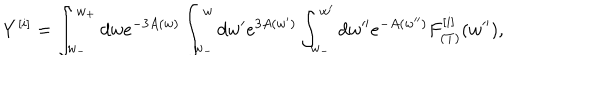
LaTeX: Y ^ { [ i ] } = \int _ { w _ { - } } ^ { w _ { + } } d w e ^ { - 3 A ( w ) } \int _ { w _ { - } } ^ { w } d w ^ { \prime } e ^ { 3 A ( w ^ { \prime } ) } \int _ { w _ { - } } ^ { w ^ { \prime } } d w ^ { \prime \prime } e ^ { - A ( w ^ { \prime \prime } ) } F _ { ( T ) } ^ { [ i ] } ( w ^ { \prime \prime } ) ,